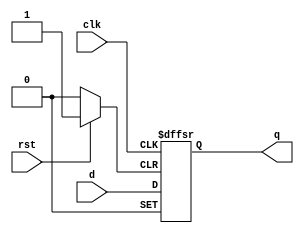
module test (
	input clk, rst, d,
	output reg q
);
wire nop = 1'h0;
always @(posedge clk, posedge nop, posedge rst) begin
	if (rst) q <= 1'b0;
	else if (nop) q <= 1'b1;
	else q <= d;
end
endmodule